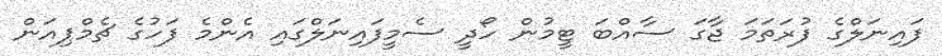
ފައިނަލްގެ ފުރަތަމަ ޖާގަ ސާއްބަ ޓީމުން ހޯދީ ސެމީފައިނަލްގައި އެންމެ ފަހުގެ ޗެމްޕިއަން